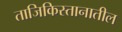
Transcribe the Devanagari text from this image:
ताजिकिस्तानातील